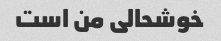
خوشحالی من است